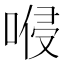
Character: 𠸬